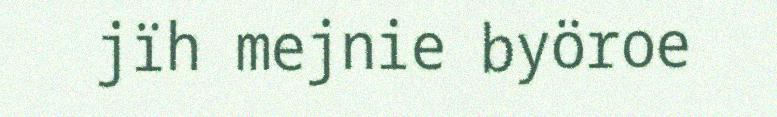
jïh mejnie byöroe